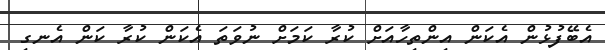
އެބޭފުޅުން އެކަން އިންތިހާއަށް ކުރާ ކަމަށް ނުވަތަ އެކަން ކުރާ ކަން އެނގި